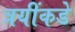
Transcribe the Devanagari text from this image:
त्रयींकडे